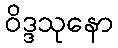
ဝိဒ္ဒသုနော